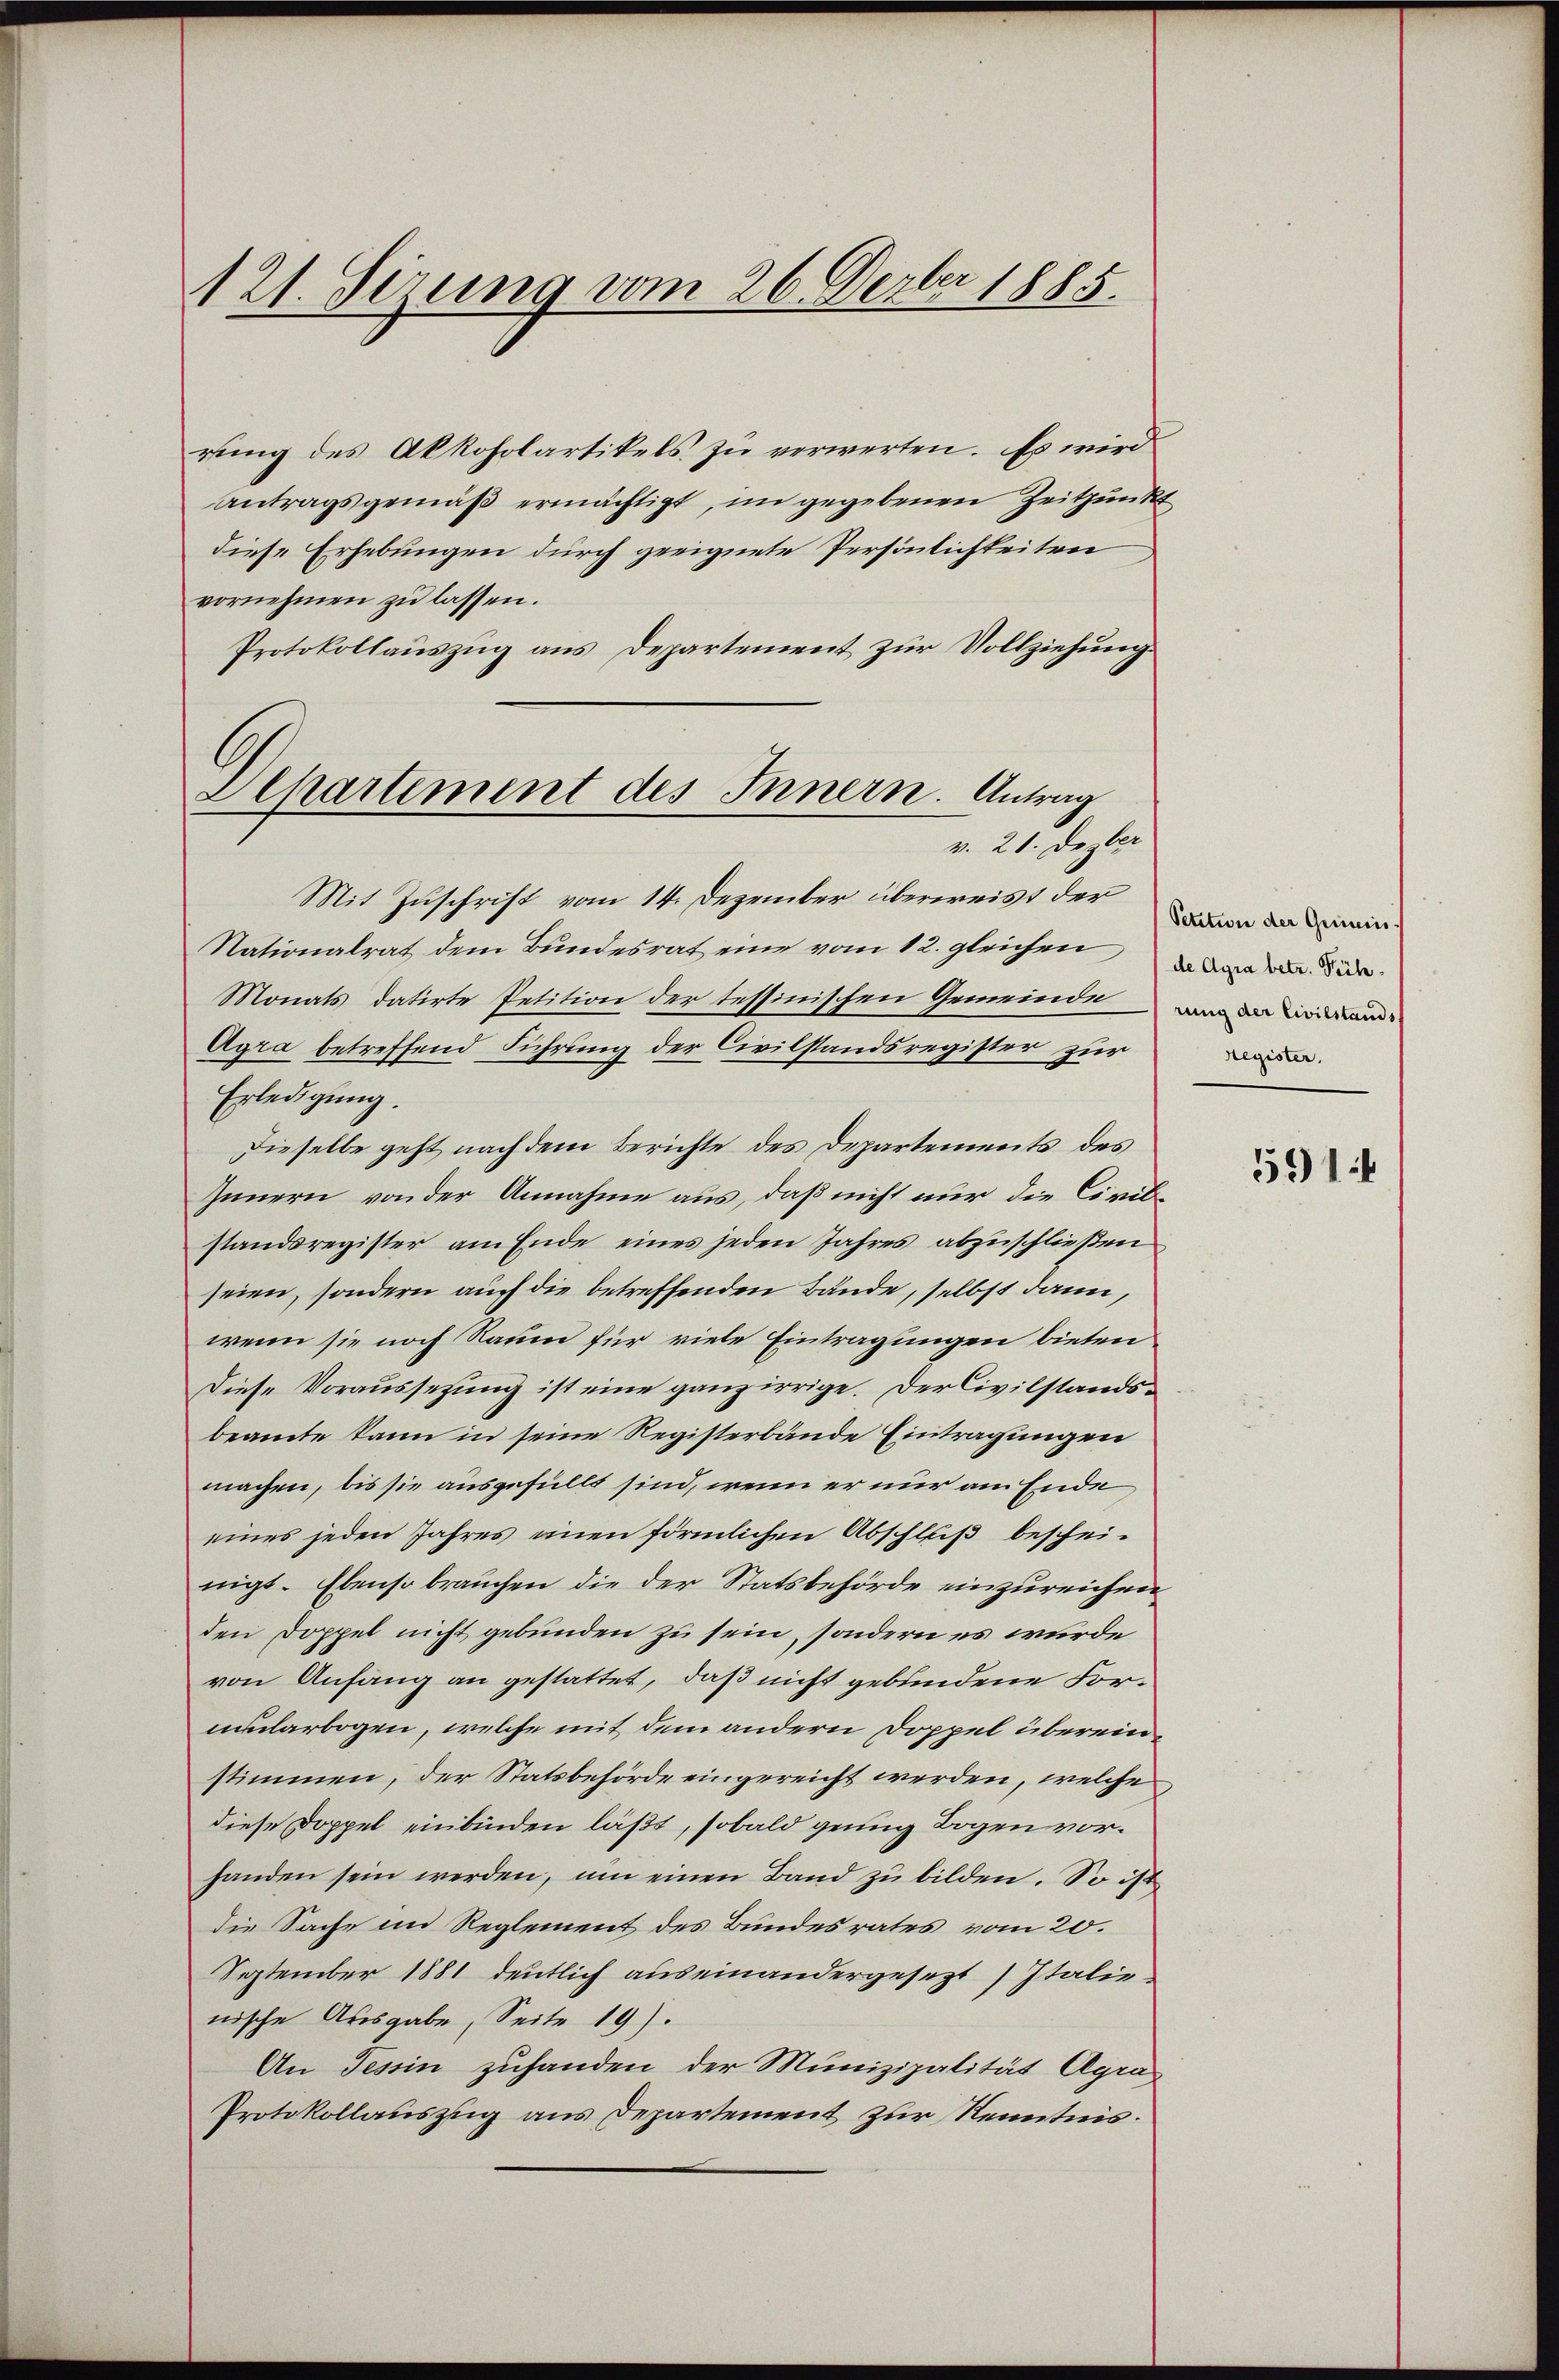
121. Serung vom 26. Dezbr 1885.

rung des Akkoholartikels zu verwerten. Es wird
Antragsgemäß ermächtigt, im gegebenen Zeitpunkt
diese Erhebungen durch geeignete Persönlichkeiten
vornehmen zu lassen.
Protokollauszug aus Departement zur Vollziehung.

Apartement des Innern. Antrag
v. 21. Dezter

Mit Zuschrift vom 14. Dezember überweist der
Nationalrat dem Bundesrat eine vom 12. gleichen
Monats datirte Petition der tessinischen Gemeinde
Agra betreffend Führung der Civilstandsregister zur
Erledigung.
Dieselbe geht nach dem Berichte des Departements des
Innern von der Annahme aus, daß nicht nur die Civilstandsregister am Ende eines jeden Jahres abzuschließen
seien, sondern auch die betreffenden Bände, selbst dann,
wenn sie noch Raum für viele Eintragungen bieten
Diese Voraussetzung ist eine ganz irrige. Der Civilstandsbeamte kann in seine Registerbände Eintragungen
machen, bis sie ausgefüllt sind, wenn er nur am Ende
eines jeden Jahres einen förmlichen Abschluß beschei-
nigt. Ebenso brauchen die der Statsbehörde einzureichen
den Doppel nicht gebunden zu sein, sondern es wurde
von Anfang an gestattet, daß nicht gebundene Formularbogen, welche mit dem andern Doppel übereinstimmen, der Statsbehörde eingereicht werden, welche
diese Doppel einbinden läßt, sobald genug Bogen vorhanden sein werden, um einen Band zu bilden. So ist
die Sache im Reglement des Bundesrates vom 20.
September 1881 deutlich auseinandergesezt) Italie
nische Ausgabe, Seite 19).
An Tessin zuhanden der Munizipalität Agra
Protokollauszug aus Departement zur Kenntnis.

Petition der Gemeins
de Agra betr. Führung der Civilstands
Hegister.

591